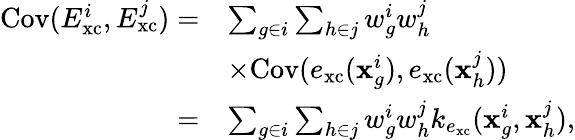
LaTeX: \begin{array}{rl}{\mathrm{Cov}(E_{\mathrm{xc}}^{i},E_{\mathrm{xc}}^{j})=}&{\sum_{g\in i}\sum_{h\in j}w_{g}^{i}w_{h}^{j}}\\ &{\times\mathrm{Cov}(e_{\mathrm{xc}}(\mathbf{x}_{g}^{i}),e_{\mathrm{xc}}(\mathbf{x}_{h}^{j}))}\\ {=}&{\sum_{g\in i}\sum_{h\in j}w_{g}^{i}w_{h}^{j}k_{e_{\mathrm{xc}}}(\mathbf{x}_{g}^{i},\mathbf{x}_{h}^{j}),}\end{array}